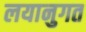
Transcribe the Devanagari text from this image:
लयानुगत